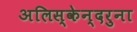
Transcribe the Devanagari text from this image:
अलिस्केन्दरुना